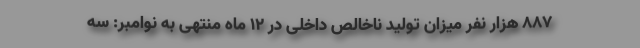
۸۸۷ هزار نفر میزان تولید ناخالص داخلی در ۱۲ ماه منتهی به نوامبر: سه